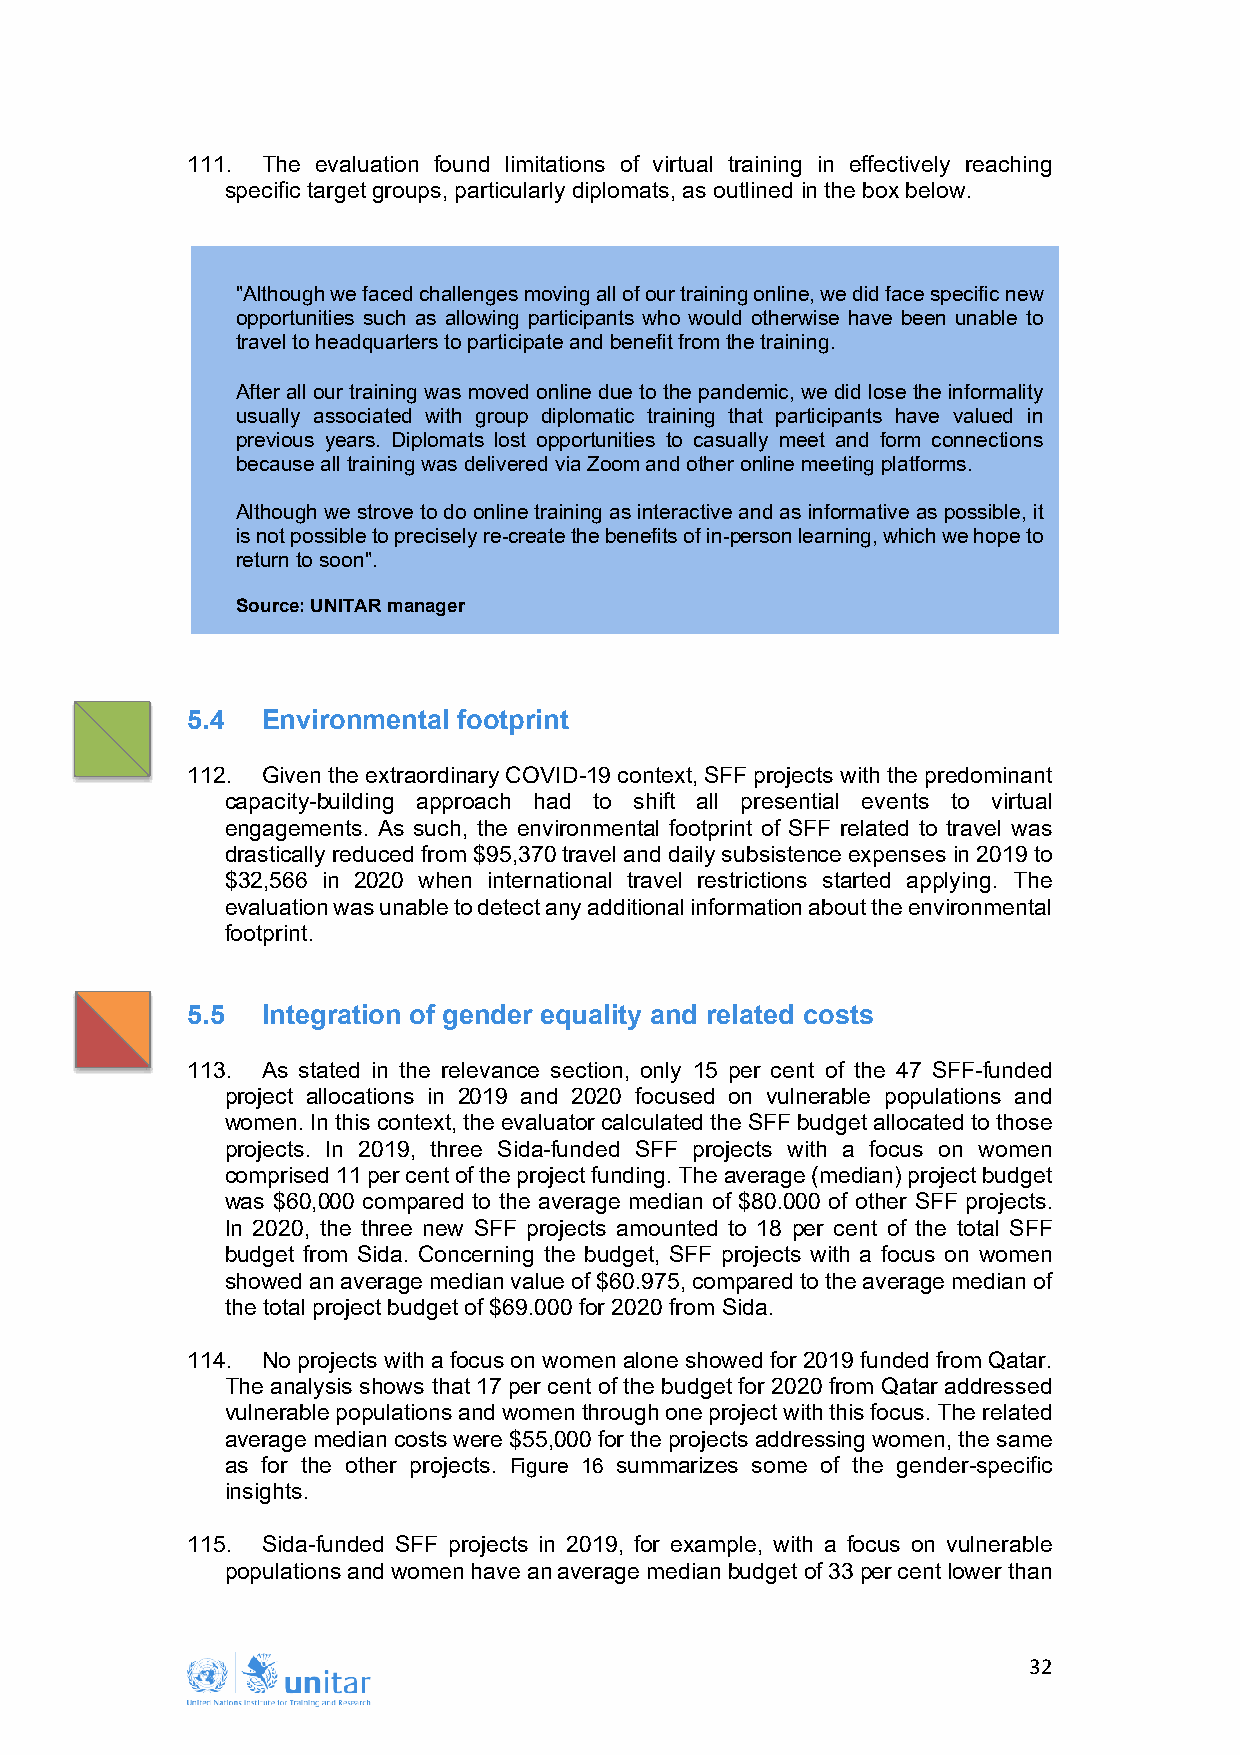
111. The evaluation found limitations of virtual training in effectively reaching
 specific target groups, particularly diplomats, as outlined in the box below.
 "Although we faced challenges moving all of our training online, we did face specific new
 opportunities such as allowing participants who would otherwise have been unable to
 travel to headquarters to participate and benefit from the training.
 After all our training was moved online due to the pandemic, we did lose the informality
 usually associated with group diplomatic training that participants have valued in
 previous years. Diplomats lost opportunities to casually meet and form connections
 because all training was delivered via Zoom and other online meeting platforms.
 Although we strove to do online training as interactive and as informative as possible, it
 is not possible to precisely re-create the benefits of in-person learning, which we hope to
 return to soon".
 Source: UNITAR manager
 5.4  Environmental footprint
 112. Given the extraordinary COVID-19 context, SFF projects with the predominant
 capacity-building approach had to shift all presential events to virtual
 engagements. As such, the environmental footprint of SFF related to travel was
 drastically reduced from $95,370 travel and daily subsistence expenses in 2019 to
 $32,566 in 2020 when international travel restrictions started applying. The
 evaluation was unable to detect any additional information about the environmental
 footprint.
 5.5  Integration of gender equality and related costs
 113. As stated in the relevance section, only 15 per cent of the 47 SFF-funded
 project allocations in 2019 and 2020 focused on vulnerable populations and
 women. In this context, the evaluator calculated the SFF budget allocated to those
 projects. In 2019, three Sida-funded SFF projects with a focus on women
 comprised 11 per cent of the project funding. The average (median) project budget
 was $60,000 compared to the average median of $80.000 of other SFF projects.
 In 2020, the three new SFF projects amounted to 18 per cent of the total SFF
 budget from Sida. Concerning the budget, SFF projects with a focus on women
 showed an average median value of $60.975, compared to the average median of
 the total project budget of $69.000 for 2020 from Sida.
 114. No projects with a focus on women alone showed for 2019 funded from Qatar.
 The analysis shows that 17 per cent of the budget for 2020 from Qatar addressed
 vulnerable populations and women through one project with this focus. The related
 average median costs were $55,000 for the projects addressing women, the same
 as for the other projects. Figure 16 summarizes some of the gender-specific
 insights.
 115. Sida-funded SFF projects in 2019, for example, with a focus on vulnerable
 populations and women have an average median budget of 33 per cent lower than
 32